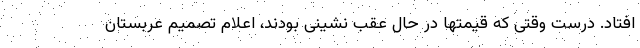
افتاد. درست وقتی که قیمتها در حال عقب نشینی بودند، اعلام تصمیم عربستان